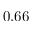
0 . 6 6